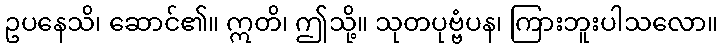
ဥပနေသိ၊ ဆောင်၏။ ဣတိ၊ ဤသို့။ သုတပုဗ္ဗံပန၊ ကြားဘူးပါသလော။